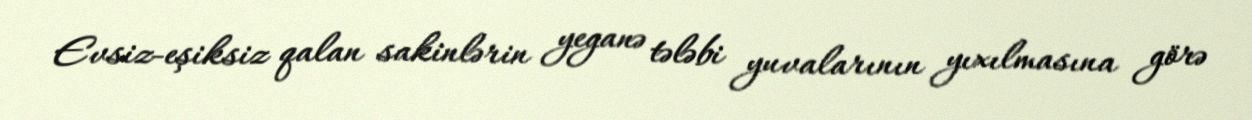
Evsiz-eşiksiz qalan sakinlərin yeganə tələbi yuvalarının yıxılmasına görə